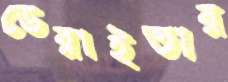
ডেরাইভার